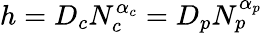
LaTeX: h=D_{c}N_{c}^{\alpha_{c}}=D_{p}N_{p}^{\alpha_{p}}